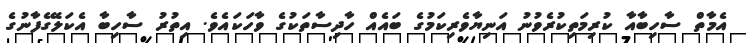
އެމާތް ސާހިބާއާ ކުރިމަތިކުރެވުނު އަނިޔާވެރިކަމުގެ ބައެއް ހާދިސާތަކުގެ ވާހަކައެވެ. އިތުރު ސާހިބާ އެކަލޭގެފާނުގެ